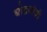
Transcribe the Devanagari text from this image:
घोडयांची